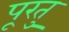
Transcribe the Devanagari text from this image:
पूरतु